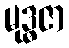
မုဒ္ဓဇာ